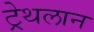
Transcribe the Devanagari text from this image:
ट्रेथलान